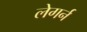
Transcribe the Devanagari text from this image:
लेगर्न